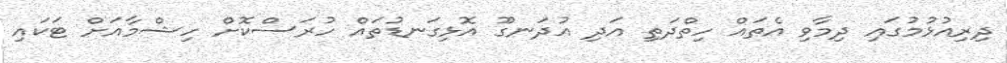
ދިރިއުޅުމުގައި ދިމާވި އެތައް ހިތްދަތި އަދި އުދަނގޫ އޮޅިގަނޑުތައް ހުރަސްކޮށް ހިޝްމާއަށް ޓަކައި